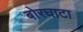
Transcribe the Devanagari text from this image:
बोरघाटा